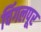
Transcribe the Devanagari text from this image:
चिंगलपूर